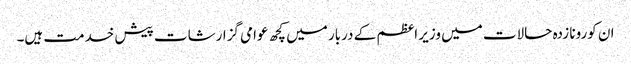
ان کورونا زدہ حالات میں وزیر اعظم کے دربار میں کچھ عوامی گزارشات پیش خدمت ہیں۔